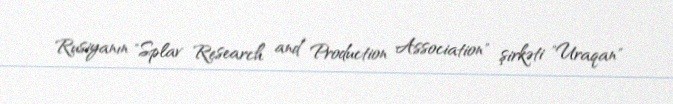
Rusiyanın "Splav Research and Production Association" şirkəti "Uraqan"